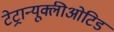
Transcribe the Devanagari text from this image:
टेट्रान्यूक्लीओटिड